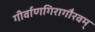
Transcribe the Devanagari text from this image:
गीर्वाणगिरागौरवम्